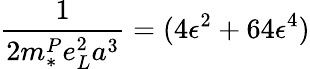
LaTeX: \frac{1}{2m_{*}^{P}e_{L}^{2}a^{3}}=(4\epsilon^{2}+64\epsilon^{4})